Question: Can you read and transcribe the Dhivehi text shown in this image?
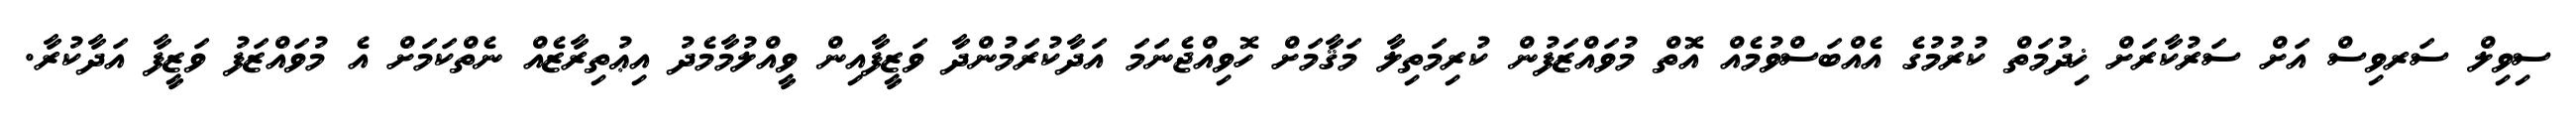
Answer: ސިވިލް ސަރވިސް އަށް ސަރުކާރަށް ޚިދުމަތް ކުރުމުގެ އެއްބަސްވުމެއް އޮތް މުވައްޒަފުން ކުރިމަތިލާ މަޤާމަށް ހޮވިއްޖެނަމަ އަދާކުރަމުންދާ ވަޒީފާއިން ވީއްލުމާމެދު އިޢުތިރާޒެއް ނެތްކަމަށް އެ މުވައްޒަފު ވަޒީފާ އަދާކުރާ.